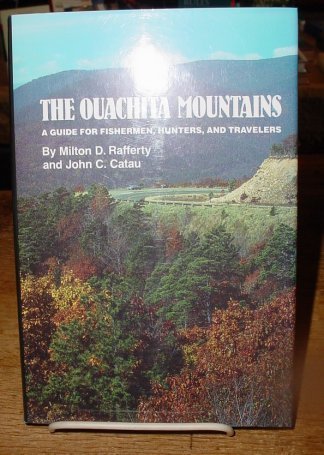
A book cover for The Ouachita Mountains: A Guide for Fishermen, Hunters, and Travelers; Milton D. Rafferty; Travel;